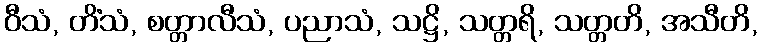
ဝီသံ, တိံသံ, စတ္တာလီသံ, ပညာသံ, သဋ္ဌိ, သတ္တရိ, သတ္တတိ, အသီတိ,